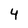
Character: 4